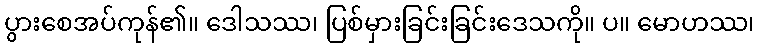
ပွားစေအပ်ကုန်၏။ ဒေါသဿ၊ ပြစ်မှားခြင်းခြင်းဒေသကို။ ပ။ မောဟဿ၊